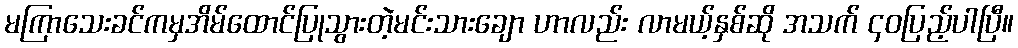
မကြာသေးခင်ကမှအိမ်ထောင်ပြုသွားတဲ့မင်းသားချော ဟာလည်း လာမယ့်နှစ်ဆို အသက် ၄၀ပြည့်ပါပြီ။